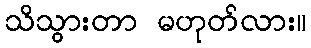
သိသွားတာ မဟုတ်လား။